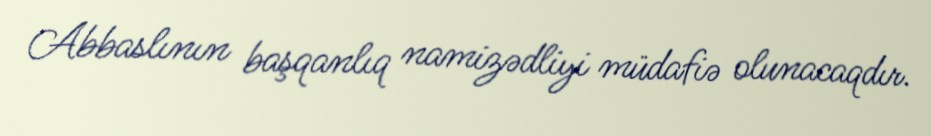
Abbaslının başqanlıq namizədliyi müdafiə olunacaqdır.